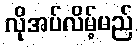
လိုအပ်လိမ့်မည်